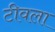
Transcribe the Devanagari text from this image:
टीवला